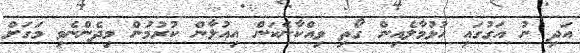
އަދި ނު އަގުގައި ހުޅުމާލެއިން ގޯތި ވިއްކާނެކަން އިއުލާން ކުރުމުން މިދެންނެވި މަގަށް